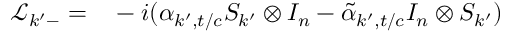
\begin{array} { r l } { \mathcal { L } _ { k ^ { \prime } - } = } & { { } - i ( \alpha _ { k ^ { \prime } , t / c } S _ { k ^ { \prime } } \otimes I _ { n } - \tilde { \alpha } _ { k ^ { \prime } , t / c } I _ { n } \otimes S _ { k ^ { \prime } } ) } \end{array}